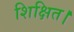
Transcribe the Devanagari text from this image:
शिक्षित।